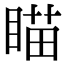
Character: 瞄